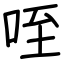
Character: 咥